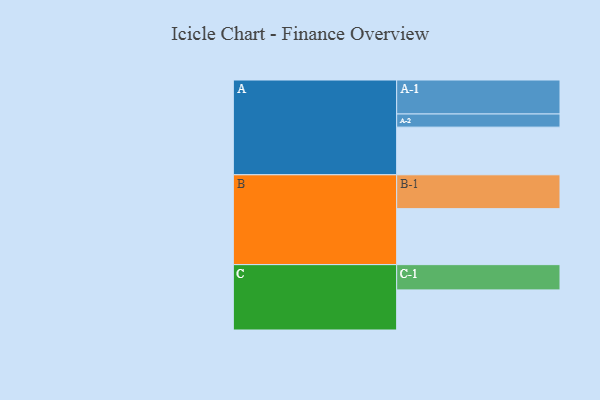
{"axis": {"x": "Segment", "y": "Value"}, "legend": ["", "A", "B", "C"], "data": [{"x": "A", "y": 366, "type": ""}, {"x": "B", "y": 430, "type": ""}, {"x": "C", "y": 308, "type": ""}, {"x": "A-1", "y": 261, "type": "A"}, {"x": "A-2", "y": 101, "type": "A"}, {"x": "B-1", "y": 260, "type": "B"}, {"x": "C-1", "y": 194, "type": "C"}]}